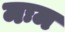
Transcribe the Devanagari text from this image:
मःम